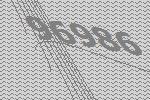
96986